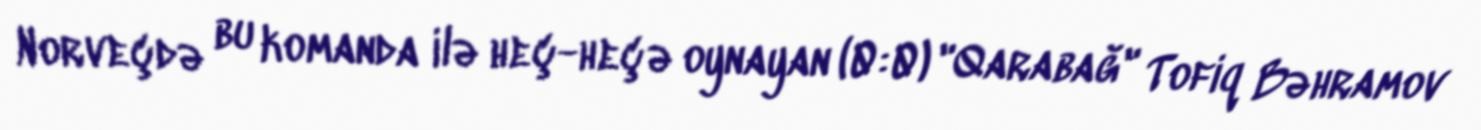
Norveçdə bu komanda ilə heç-heçə oynayan (0:0) "Qarabağ" Tofiq Bəhramov